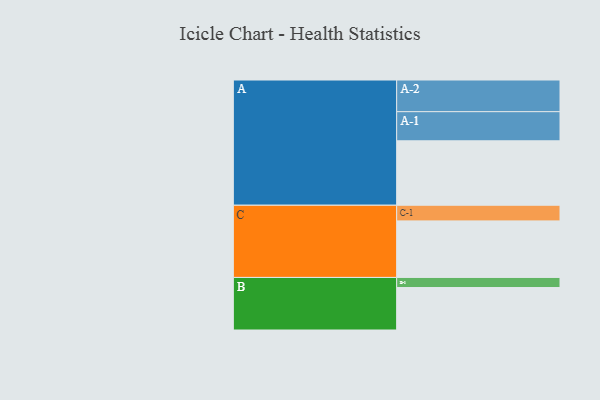
{"axis": {"x": "Segment", "y": "Value"}, "legend": ["", "A", "B", "C"], "data": [{"x": "A", "y": 531, "type": ""}, {"x": "B", "y": 350, "type": ""}, {"x": "C", "y": 466, "type": ""}, {"x": "A-1", "y": 240, "type": "A"}, {"x": "A-2", "y": 261, "type": "A"}, {"x": "B-1", "y": 83, "type": "B"}, {"x": "C-1", "y": 129, "type": "C"}]}